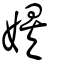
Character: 娭